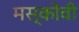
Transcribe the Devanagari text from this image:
मस्कोवी